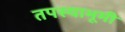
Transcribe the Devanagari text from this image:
तपस्याभूमी